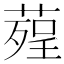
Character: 𦹠